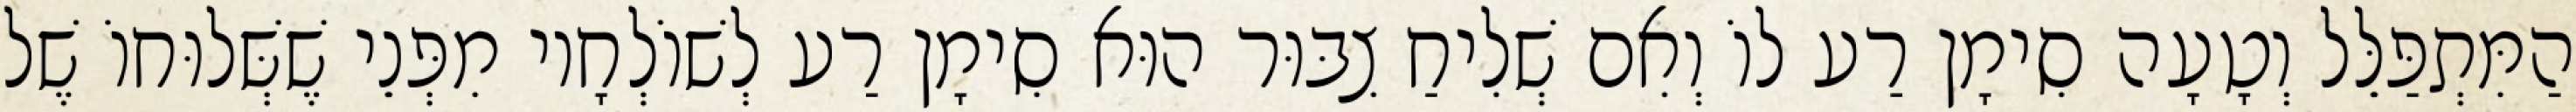
הַמִּתְפַּלֵּל וְטָעָה סִימָן רַע לוֹ וְאִם שְׁלִיחַ צִבּוּר הוּא סִימָן רַע לְשׁוֹלְחָיו מִפְּנֵי שֶׁשְּׁלוּחוֹ שֶׁל